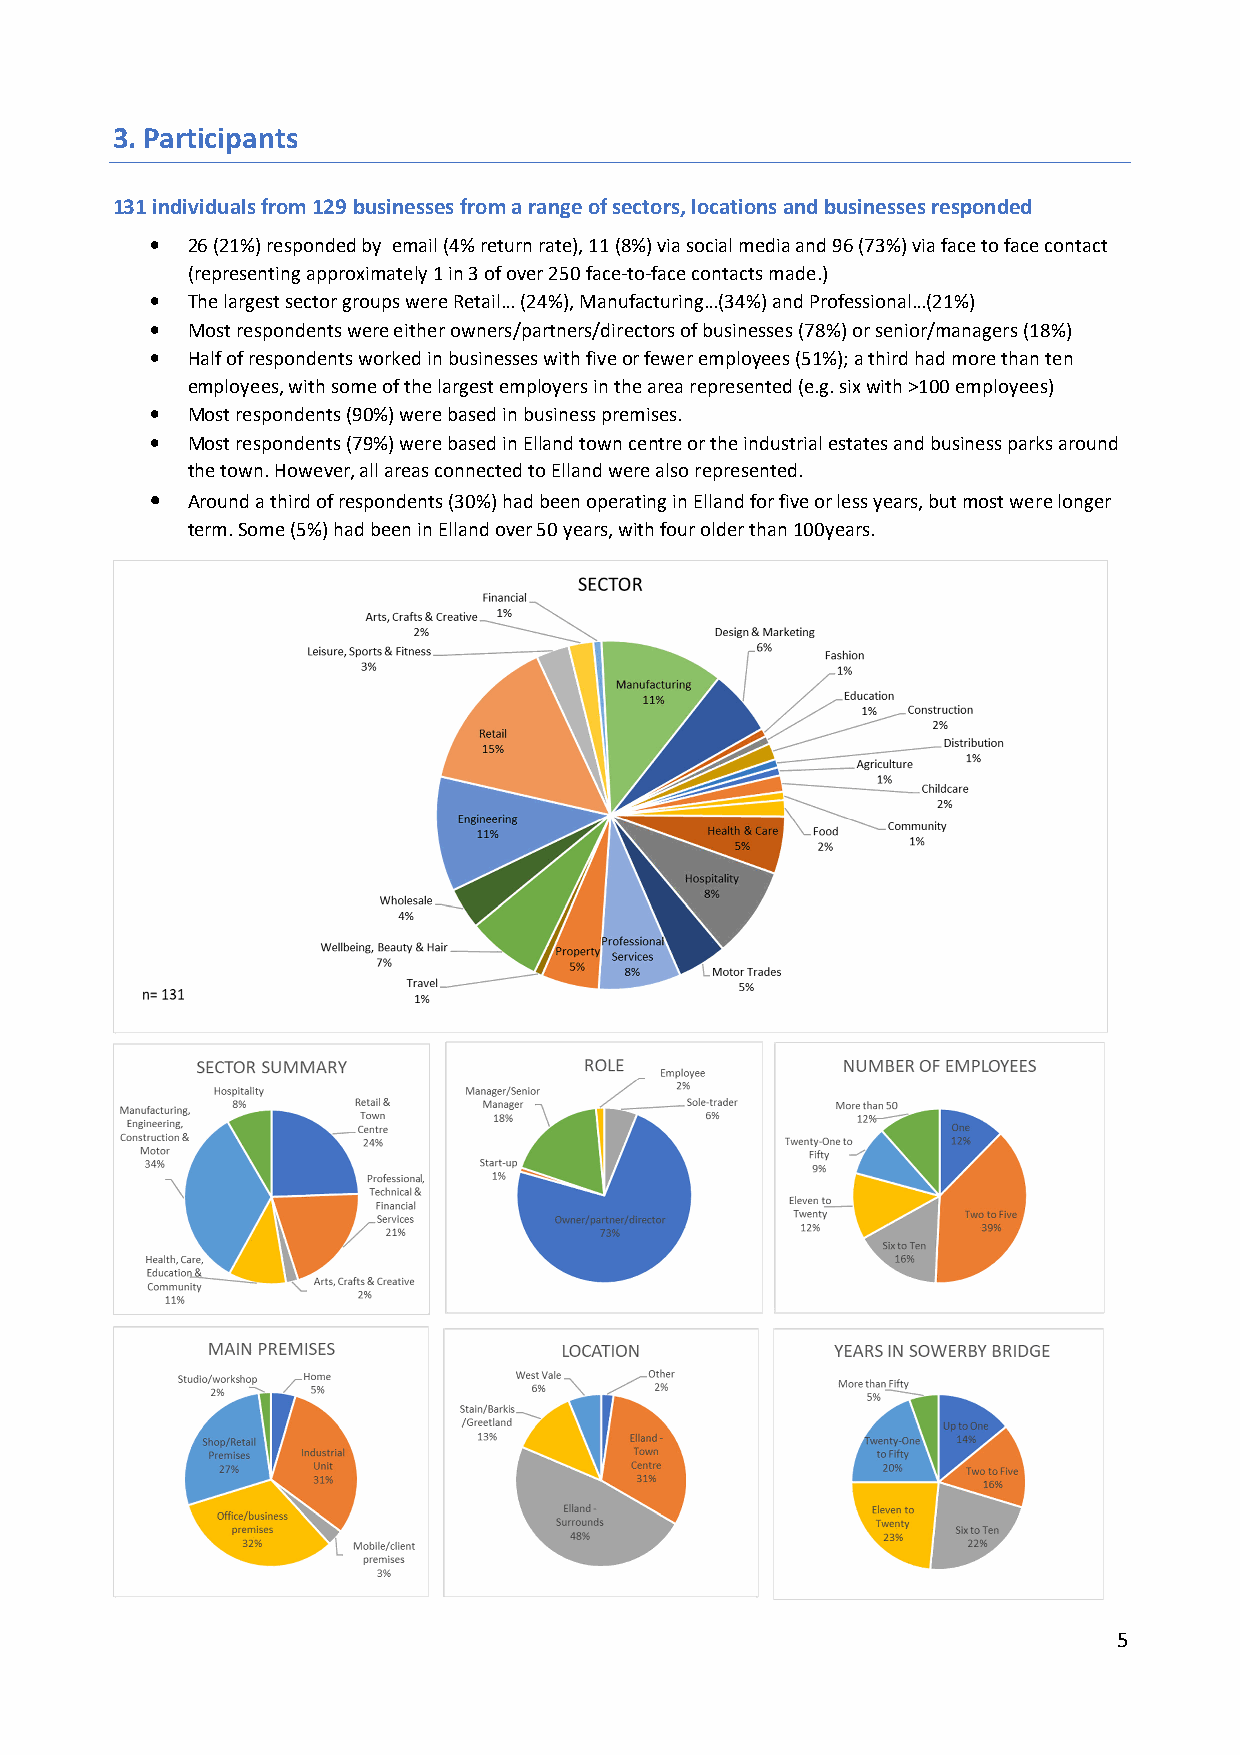
3. Participants
 131 individuals from 129 businesses from a range of sectors, locations and businesses responded
 • 26 (21%) responded by email (4% return rate), 11 (8%) via social media and 96 (73%) via face to face contact
 (representing approximately 1 in 3 of over 250 face-to-face contacts made.)
 • The largest sector groups were Retail… (24%), Manufacturing…(34%) and Professional…(21%)
 • Most respondents were either owners/partners/directors of businesses (78%) or senior/managers (18%)
 • Half of respondents worked in businesses with five or fewer employees (51%); a third had more than ten
 employees, with some of the largest employers in the area represented (e.g. six with >100 employees)
 • Most respondents (90%) were based in business premises.
 • Most respondents (79%) were based in Elland town centre or the industrial estates and business parks around
 the town. However, all areas connected to Elland were also represented.
 • Around a third of respondents (30%) had been operating in Elland for five or less years, but most were longer
 term. Some (5%) had been in Elland over 50 years, with four older than 100years.
 5